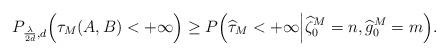
LaTeX: \begin{align*}P_{\frac{\lambda}{2d},d}\Big(\tau_M(A,B)<+\infty\Big)\geq P\Big(\widehat{\tau}_M<+\infty\Big|\widehat{\zeta}_0^M=n, \widehat{g}_0^M=m\Big).\end{align*}